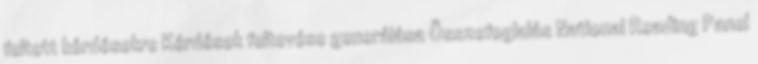
feltett kérdésekre Kérdések feltevése generálása Összefoglalás National Reading Panel